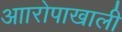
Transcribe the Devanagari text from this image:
आारोपाखाली